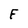
Character: F